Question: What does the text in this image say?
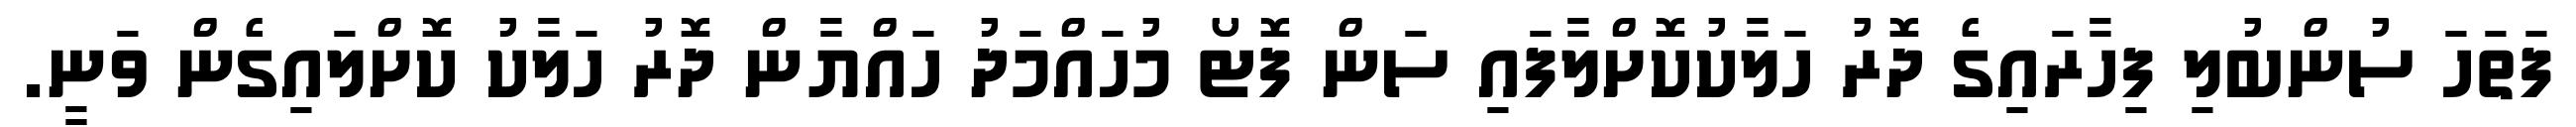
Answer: ފަތަހަ ސުންބުލި ފިހާރައިގެ ދޮރު ހަލާކުކޮށްލާފައި ސަން ފޮޓޯ މުހައްމަދު ހައްޔާން ދޮރު ހަލާކު ކޮށްލައިގެން ވަނީ.